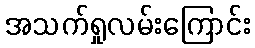
အသက်ရှုလမ်းကြောင်း